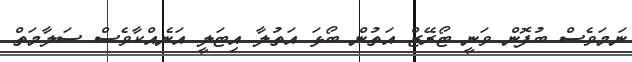
ނަމަވެސް ބުފޮން ވަނީ ޓޯރޭޒް އަތުން ބޯޅަ އަތުލާ އިޓަލީ އަނެއްކާވެސް ސަލާމަތް